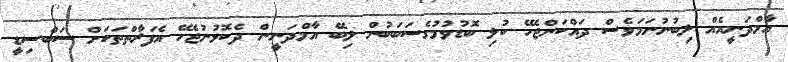
އާމްދަނީއެއް ލިބުނުނަމަވެސް ދައްކަންޖެހޭ ކުލި ބޮޑުވުމުގެސަބަބުން ލިބޭ އާމްދަނީން ދެކޮޅުނުޖެހޭ އެފަރާތްތަކަށް ސަބްސިޑީ